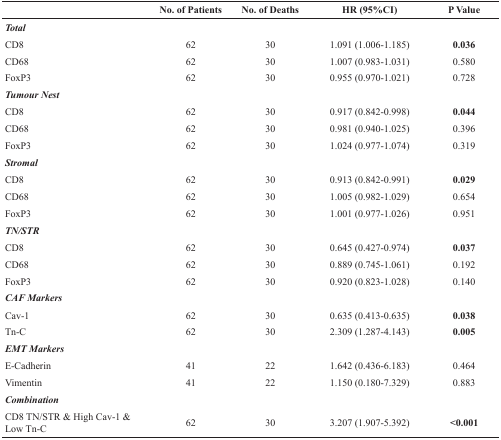
|  | No. of Patients | No. of Deaths | HR (95%CI) | P Value |
 | --- | --- | --- | --- | --- |
 | Total |  |  |  |  |
 | CD8 | 62 | 30 | 1.091 (1.006-1.185) | 0.036 |
 | CD68 | 62 | 30 | 1.007 (0.983-1.031) | 0.580 |
 | FoxP3 | 62 | 30 | 0.955 (0.970-1.021) | 0.728 |
 | Tumour Nest |  |  |  |  |
 | CD8 | 62 | 30 | 0.917 (0.842-0.998) | 0.044 |
 | CD68 | 62 | 30 | 0.981 (0.940-1.025) | 0.396 |
 | FoxP3 | 62 | 30 | 1.024 (0.977-1.074) | 0.319 |
 | Stromal |  |  |  |  |
 | CD8 | 62 | 30 | 0.913 (0.842-0.991) | 0.029 |
 | CD68 | 62 | 30 | 1.005 (0.982-1.029) | 0.654 |
 | FoxP3 | 62 | 30 | 1.001 (0.977-1.026) | 0.951 |
 | TN/STR |  |  |  |  |
 | CD8 | 62 | 30 | 0.645 (0.427-0.974) | 0.037 |
 | CD68 | 62 | 30 | 0.889 (0.745-1.061) | 0.192 |
 | FoxP3 | 62 | 30 | 0.920 (0.823-1.028) | 0.140 |
 | CAF Markers |  |  |  |  |
 | Cav-1 | 62 | 30 | 0.635 (0.413-0.635) | 0.038 |
 | Tn-C | 62 | 30 | 2.309 (1.287-4.143) | 0.005 |
 | EMT Markers |  |  |  |  |
 | E-Cadherin | 41 | 22 | 1.642 (0.436-6.183) | 0.464 |
 | Vimentin | 41 | 22 | 1.150 (0.180-7.329) | 0.883 |
 | Combination |  |  |  |  |
 | CD8 TN/STR & High Cav-1 & Low Tn-C | 62 | 30 | 3.207 (1.907-5.392) | <0.001 |